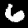
Digit: 6